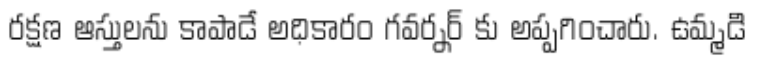
రక్షణ ఆస్తులను కాపాడే అధికారం గవర్నర్ కు అప్పగించారు. ఉమ్మడి